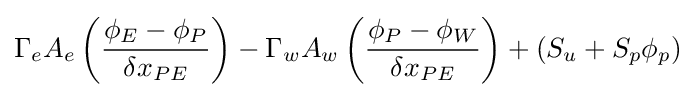
\Gamma _{e}A_{e}\left({\frac {\phi _{E}-\phi _{P}}{\delta x_{PE}}}\right)-\Gamma _{w}A_{w}\left({\frac {\phi _{P}-\phi _{W}}{\delta x_{PE}}}\right)+(S_{u}+S_{p}\phi _{p})